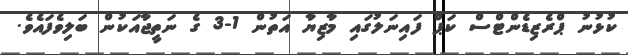
ކުޅުނު ޕްރެޒިޑެންޓްސް ކަޕް ފައިނަލުގައި މާޒިޔާ އަތުން 1-3 ގެ ނަތީޖާއަކުން ބަލިވެފައެވެ.